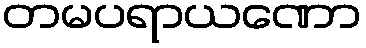
တမပရာယဏော